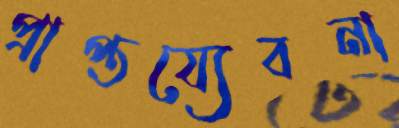
প্রাপ্তয্যেবনা